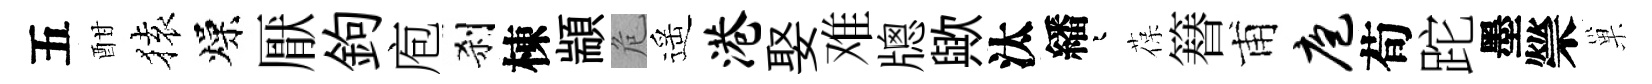
五酣𫞤燥厭鉤庖刹棟顓危遥港娶难牕歟汰繙迢葆簮甫庖荀跎墨禜巢